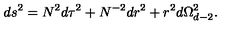
d s ^ { 2 } = N ^ { 2 } d \tau ^ { 2 } + N ^ { - 2 } d r ^ { 2 } + r ^ { 2 } d \Omega _ { d - 2 } ^ { 2 } .